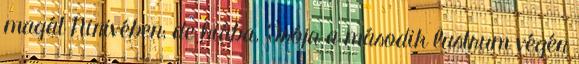
magát Ninivében; de hiába. Trója a második lustrum végén